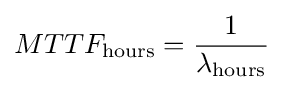
MTTF_{\text{hours}}={\frac {1}{\lambda _{\text{hours}}}}